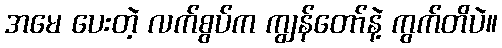
အမေ ပေးတဲ့ လက်စွပ်က ကျွန်တော်နဲ့ ကွက်တိပဲ။